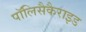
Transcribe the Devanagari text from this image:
पॉलिसैकैराइड